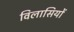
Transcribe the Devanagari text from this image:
विलासियों